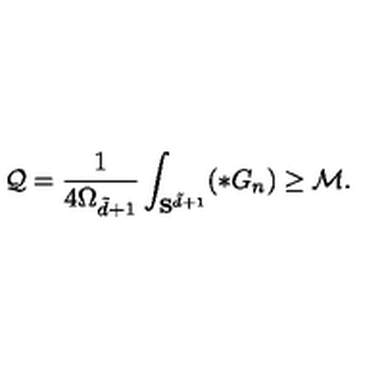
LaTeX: \mathcal { Q } = \frac { 1 } { 4 \Omega _ { \tilde { d } + 1 } } \int _ { { \bf S } ^ { \tilde { d } + 1 } } ( * G _ { n } ) \ge \mathcal { M } .